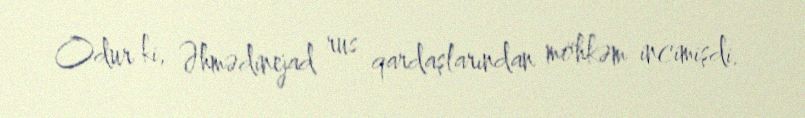
Odur ki, Əhmədinejad rus qardaşlarından möhkəm incimişdi.